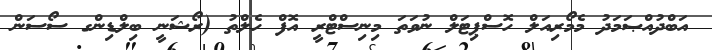
އަބްދުއްޞަމަދު މެމޯރިއަލް ހޮސްޕިޓަލް ނުވަތަ މިނިސްޓްރީ އޮފް ހެލްތު (ރޯޝަނީ ބިލްޑިންގ ސޯސަން